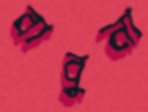
বাবুনা